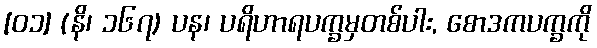
[၀၁] (နိ၊ ၁၆၇) ပန၊ ပရိဟာရပက္ခမှတစ်ပါး, စောဒကပက္ခကို